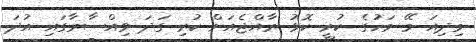
މިދިއަ މޭ މަހުގެ ކުރީ ކޮޅު ރާއްޖެއަށް ކުރި ގަދަ ވިއްސާރާގައި އުދަ